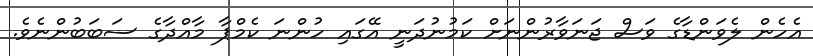
އެހެން ލެވަންޑާގެ ވަސް ޖަނަވާރުންނަށް ކަމުނުދަނީ އޭގައި ހުންނަ ކެމްޕާ މާއްދާގެ ސަބަބުންނެވެ.